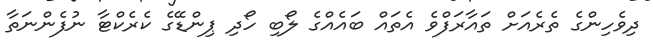
ދިވެހިންގެ ތެރެއަށް ތައާރަފްވެ އެތައް ބައެއްގެ ލޯބި ހޯދި ޕިންޑޭގެ ކެރެކްޓާ ނުފެންނަތާ